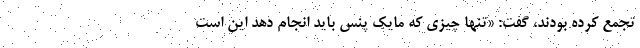
تجمع کرده بودند، گفت: «تنها چیزی که مایک پنس باید انجام دهد این است